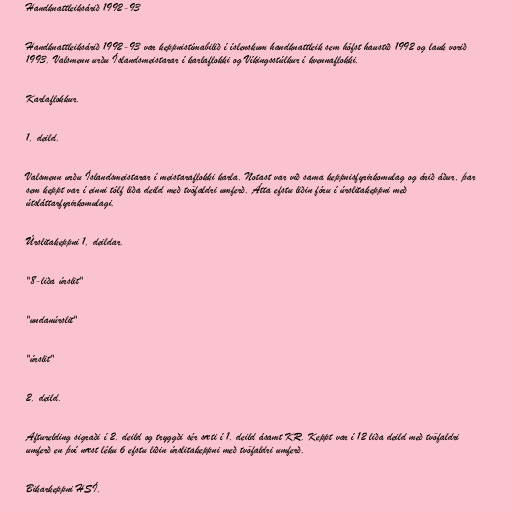
Handknattleiksárið 1992-93

Handknattleiksárið 1992-93 var keppnistímabilið í íslenskum handknattleik sem hófst haustið 1992 og lauk vorið
1993. Valsmenn urðu Íslandsmeistarar í karlaflokki og Víkingsstúlkur í kvennaflokki.

Karlaflokkur.

1. deild.

Valsmenn urðu Íslandsmeistarar í meistaraflokki karla. Notast var við sama keppnisfyrirkomulag og árið áður, þar
sem keppt var í einni tólf liða deild með tvöfaldri umferð. Átta efstu liðin fóru í úrslitakeppni með
útsláttarfyrirkomulagi.

Úrslitakeppni 1. deildar.

"8-liða úrslit"

"undanúrslit"

"úrslit"

2. deild.

Afturelding sigraði í 2. deild og tryggði sér sæti í 1. deild ásamt KR. Keppt var í 12 liða deild með tvöfaldri
umferð en því næst léku 6 efstu liðin úrslitakeppni með tvöfaldri umferð.

Bikarkeppni HSÍ.